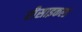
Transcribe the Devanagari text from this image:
रीसाइकल्ड